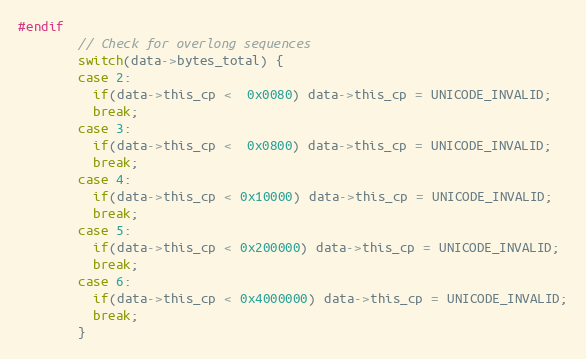
Language: C
#endif
        // Check for overlong sequences
        switch(data->bytes_total) {
        case 2:
          if(data->this_cp <  0x0080) data->this_cp = UNICODE_INVALID;
          break;
        case 3:
          if(data->this_cp <  0x0800) data->this_cp = UNICODE_INVALID;
          break;
        case 4:
          if(data->this_cp < 0x10000) data->this_cp = UNICODE_INVALID;
          break;
        case 5:
          if(data->this_cp < 0x200000) data->this_cp = UNICODE_INVALID;
          break;
        case 6:
          if(data->this_cp < 0x4000000) data->this_cp = UNICODE_INVALID;
          break;
        }